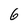
Character: 6